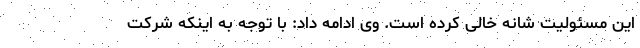
این مسئولیت شانه خالی کرده است. وی ادامه داد: با توجه به اینکه شرکت